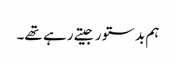
ہم بدستور جیتے رہے تھے۔